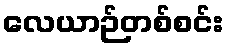
လေယာဉ်တစ်စင်း